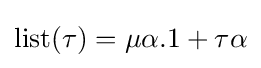
{\text{list}}(\tau )=\mu {}\alpha {}.1+\tau {}\alpha